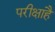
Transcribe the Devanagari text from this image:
परीक्षाहै